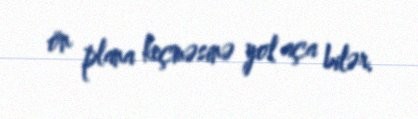
ön plana keçməsinə yol aça bilər.